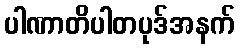
ပါဏာတိပါတပုဒ်အနက်